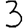
Digit: 3